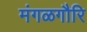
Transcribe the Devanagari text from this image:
मंगळगौरि